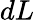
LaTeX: dL